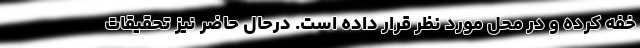
خفه کرده و در محل مورد نظر قرار داده است. درحال حاضر نیز تحقیقات